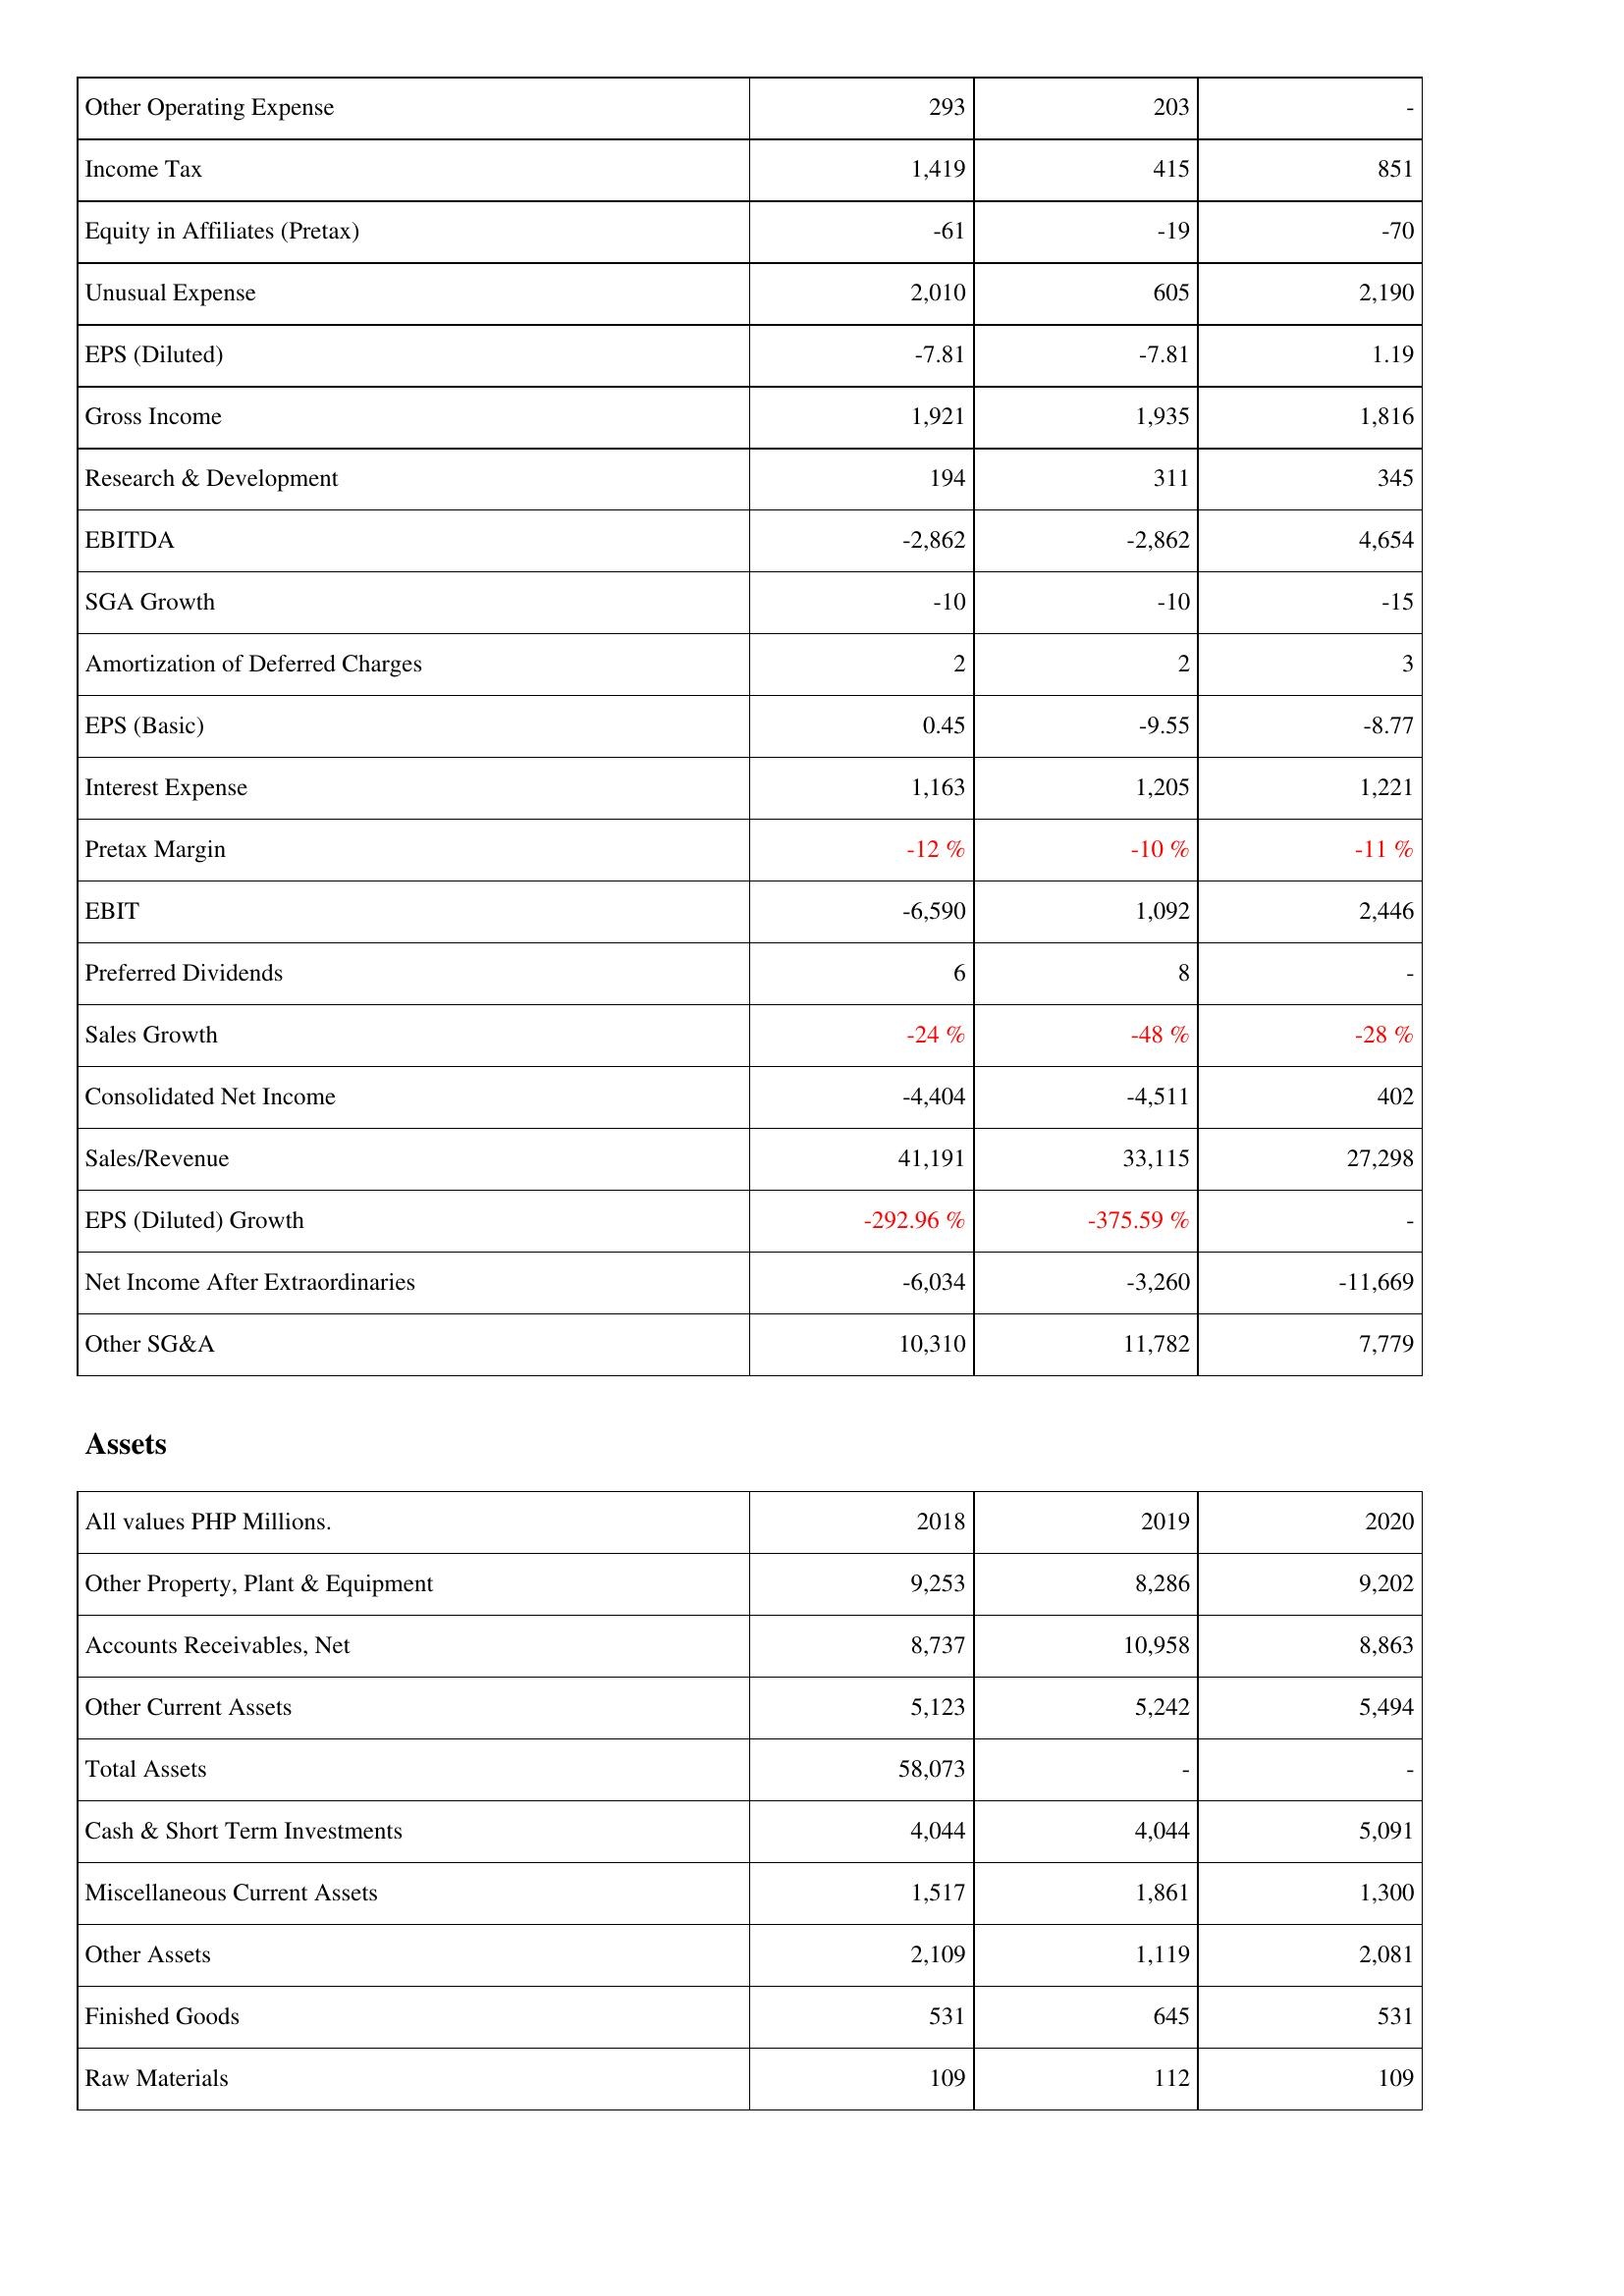
2018: Income Statement: Other Operating Expense: 293
Income Tax: 1,419
Equity in Affiliates (Pretax): -61
Unusual Expense: 2,010
EPS (Diluted): -7.81
Gross Income: 1,921
Research & Development: 194
EBITDA: -2,862
SGA Growth: -10
Amortization of Deferred Charges: 2
EPS (Basic): 0.45
Interest Expense: 1,163
Pretax Margin: -12 %
EBIT: -6,590
Preferred Dividends: 6
Sales Growth: -24 %
Consolidated Net Income: -4,404
Sales/Revenue: 41,191
EPS (Diluted) Growth: -292.96 %
Net Income After Extraordinaries: -6,034
Other SG&A: 10,310
Assets: Other Property, Plant & Equipment: 9,253
Accounts Receivables, Net: 8,737
Other Current Assets: 5,123
Total Assets: 58,073
Cash & Short Term Investments: 4,044
Miscellaneous Current Assets: 1,517
Other Assets: 2,109
Finished Goods: 531
Raw Materials: 109
2019: Income Statement: Other Operating Expense: 203
Income Tax: 415
Equity in Affiliates (Pretax): -19
Unusual Expense: 605
EPS (Diluted): -7.81
Gross Income: 1,935
Research & Development: 311
EBITDA: -2,862
SGA Growth: -10
Amortization of Deferred Charges: 2
EPS (Basic): -9.55
Interest Expense: 1,205
Pretax Margin: -10 %
EBIT: 1,092
Preferred Dividends: 8
Sales Growth: -48 %
Consolidated Net Income: -4,511
Sales/Revenue: 33,115
EPS (Diluted) Growth: -375.59 %
Net Income After Extraordinaries: -3,260
Other SG&A: 11,782
Assets: Other Property, Plant & Equipment: 8,286
Accounts Receivables, Net: 10,958
Other Current Assets: 5,242
Total Assets: -
Cash & Short Term Investments: 4,044
Miscellaneous Current Assets: 1,861
Other Assets: 1,119
Finished Goods: 645
Raw Materials: 112
2020: Income Statement: Other Operating Expense: -
Income Tax: 851
Equity in Affiliates (Pretax): -70
Unusual Expense: 2,190
EPS (Diluted): 1.19
Gross Income: 1,816
Research & Development: 345
EBITDA: 4,654
SGA Growth: -15
Amortization of Deferred Charges: 3
EPS (Basic): -8.77
Interest Expense: 1,221
Pretax Margin: -11 %
EBIT: 2,446
Preferred Dividends: -
Sales Growth: -28 %
Consolidated Net Income: 402
Sales/Revenue: 27,298
EPS (Diluted) Growth: -
Net Income After Extraordinaries: -11,669
Other SG&A: 7,779
Assets: Other Property, Plant & Equipment: 9,202
Accounts Receivables, Net: 8,863
Other Current Assets: 5,494
Total Assets: -
Cash & Short Term Investments: 5,091
Miscellaneous Current Assets: 1,300
Other Assets: 2,081
Finished Goods: 531
Raw Materials: 109